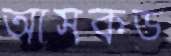
আসকড